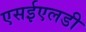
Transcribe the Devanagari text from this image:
एसईएलडी